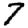
Digit: 7